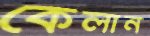
কেলান